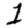
Digit: 1